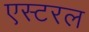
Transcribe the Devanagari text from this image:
एस्टरल